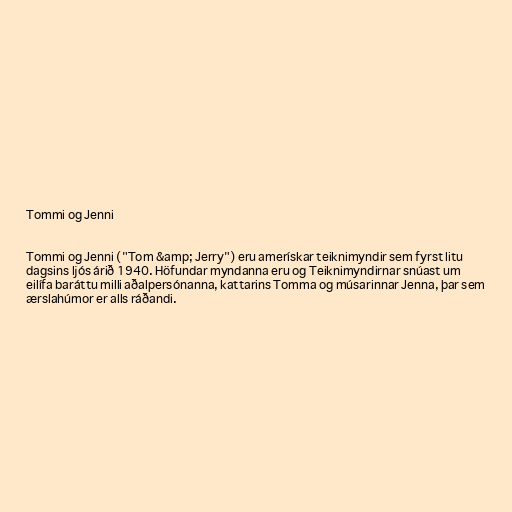
Tommi og Jenni

Tommi og Jenni ("Tom &amp; Jerry") eru amerískar teiknimyndir sem fyrst litu
dagsins ljós árið 1940. Höfundar myndanna eru og Teiknimyndirnar snúast um
eilífa baráttu milli aðalpersónanna, kattarins Tomma og músarinnar Jenna, þar sem
ærslahúmor er alls ráðandi.